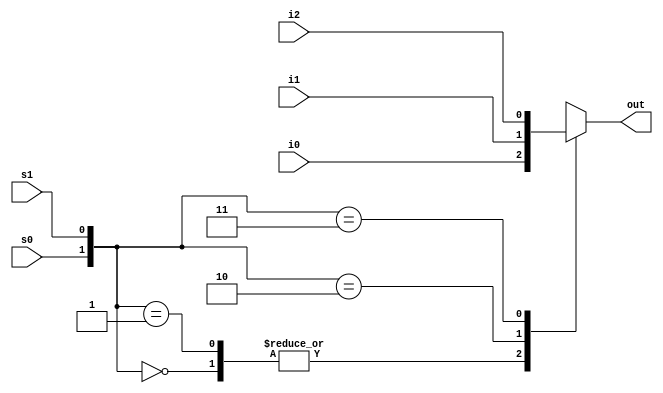
// _____________________________________________
// 3to1 Multiplexer............................
// _____________________________________________


module mux_3to1(out,i0,i1,i2,s0,s1);
  
  output reg out;
  input i0,i1,i2,s0,s1;
  
  always @(*)
    begin
      case({s0,s1})
        2'b00 : out=i0;
        2'b01 : out=i0;
        2'b10 : out=i1;
        2'b11 : out=i2;
      endcase
    end
endmodule